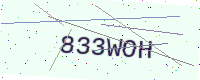
Text: 833WOH